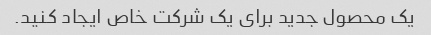
یک محصول جدید برای یک شرکت خاص ایجاد کنید.